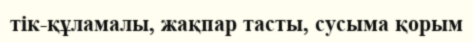
тік-құламалы, жақпар тасты, сусыма қорым